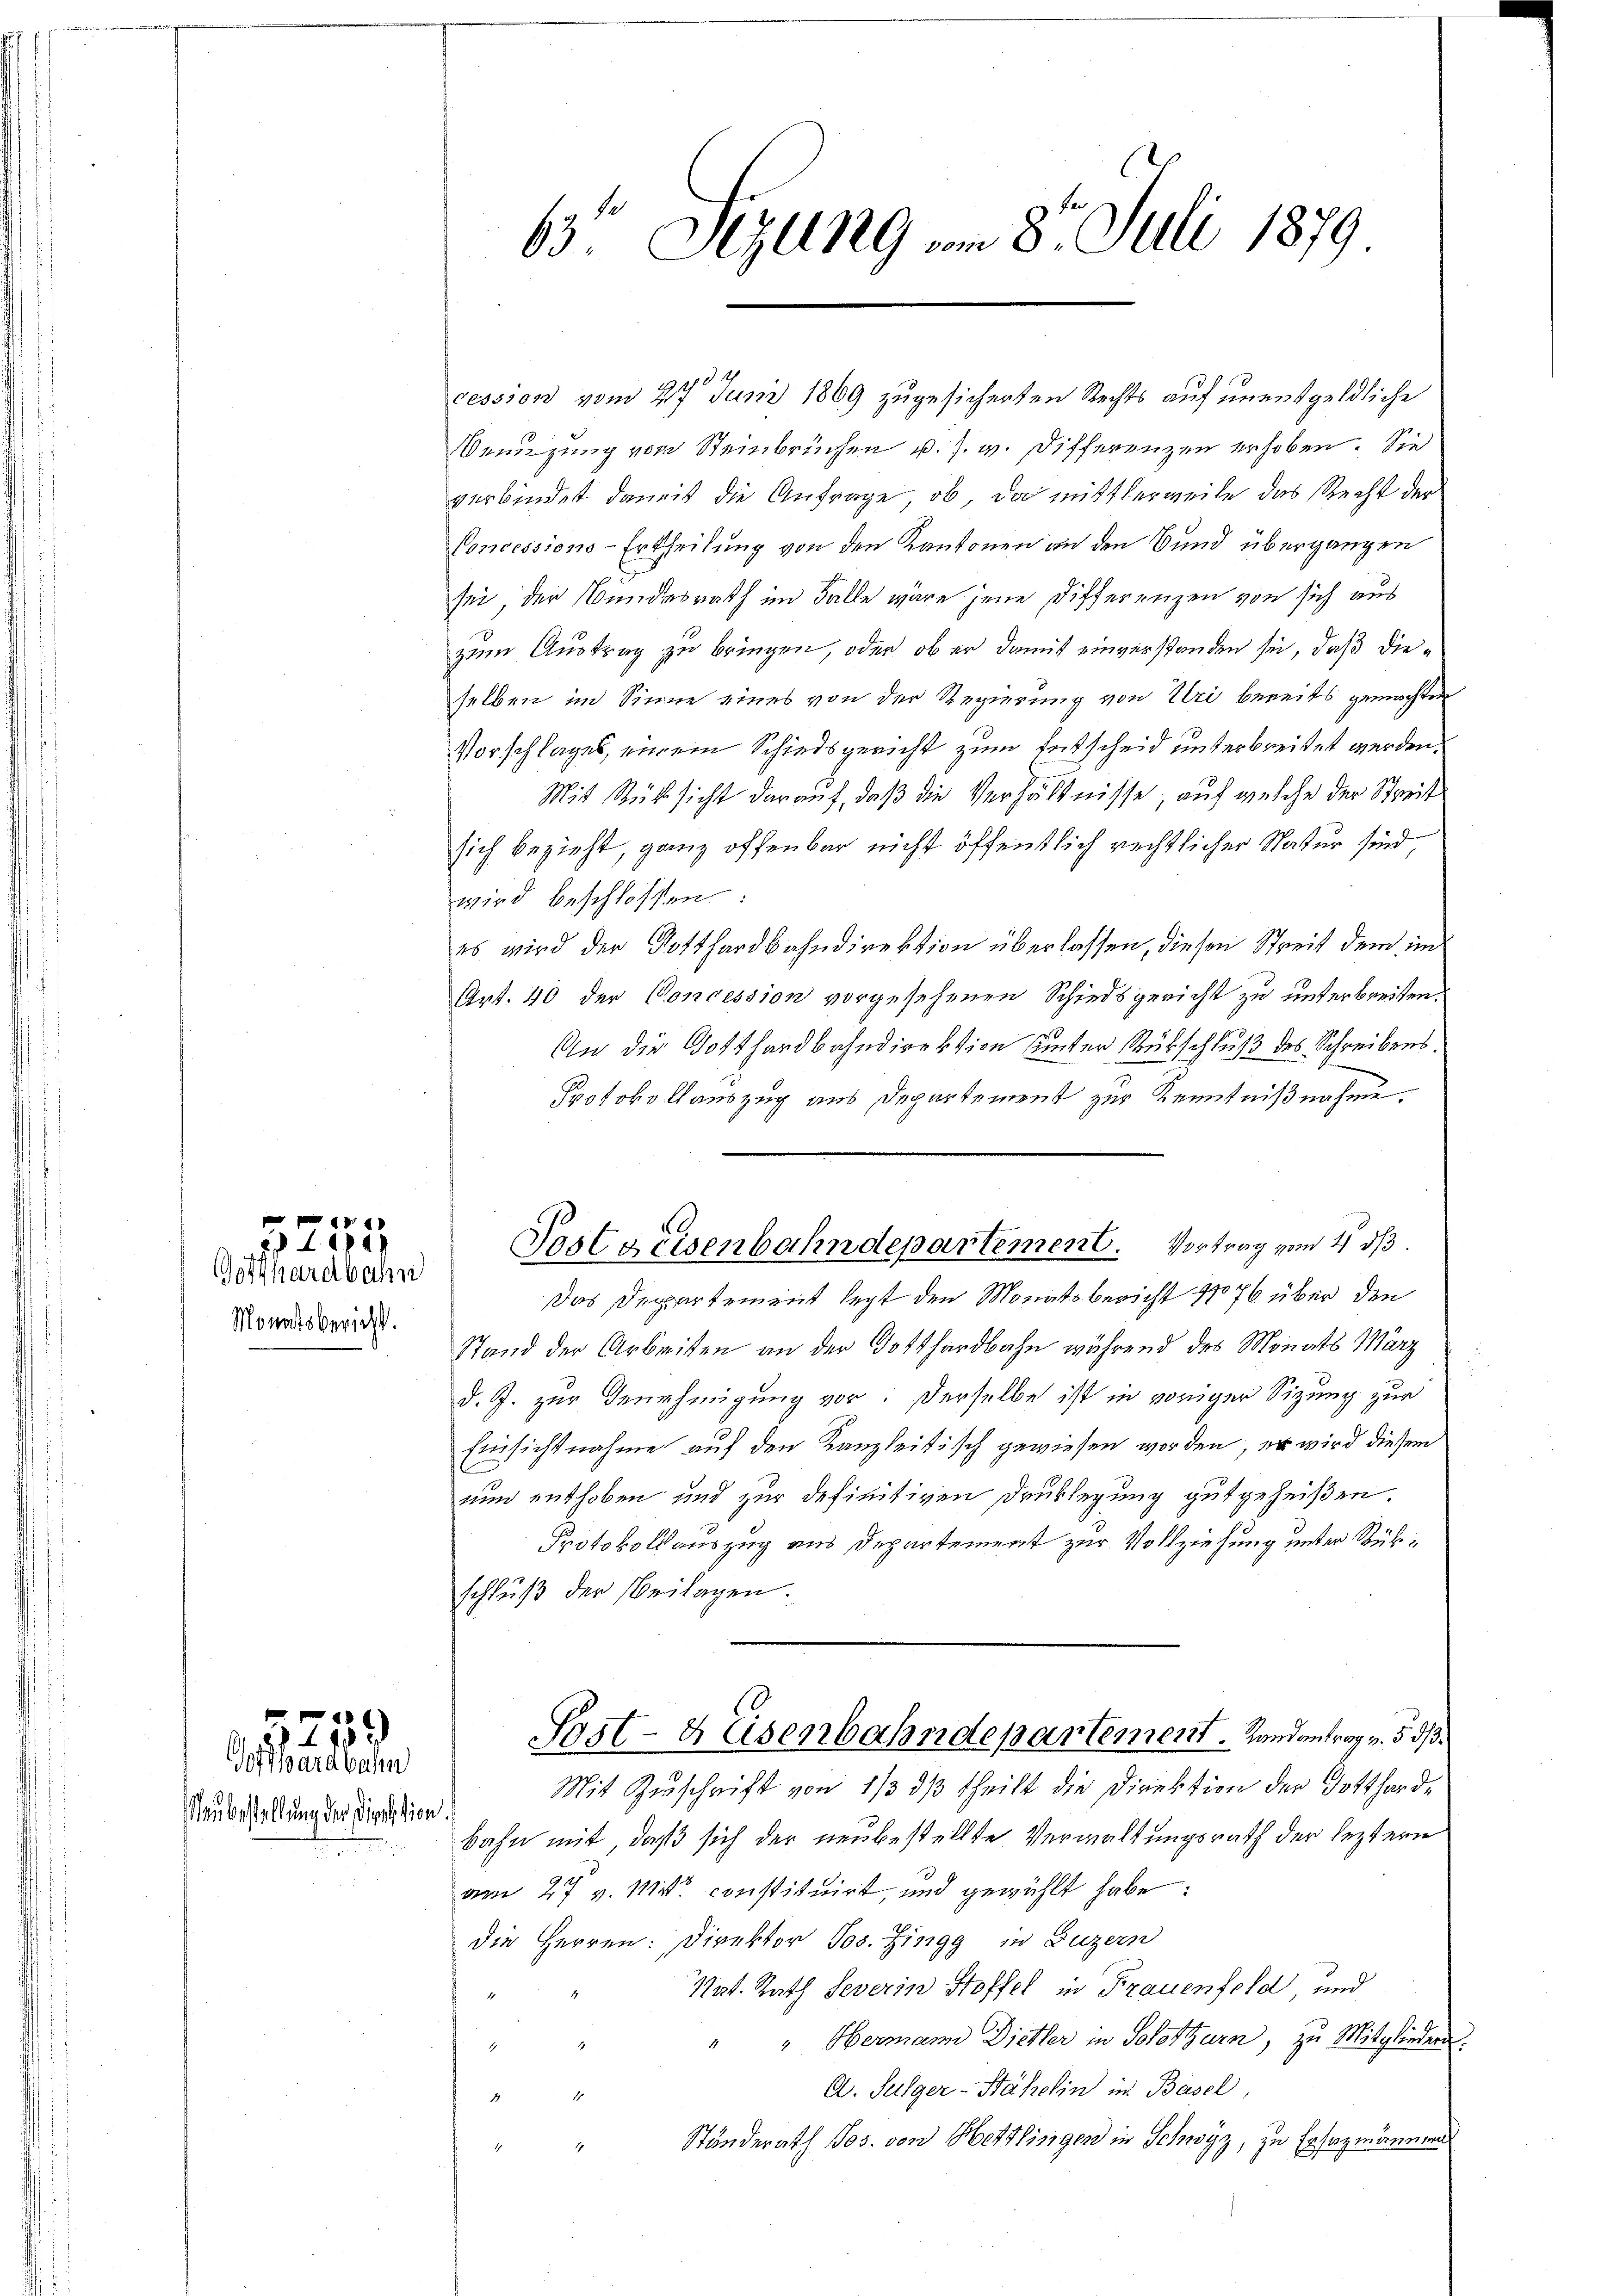
Gotthardbahn
Monatsbericht.

g
3272

Gotthardbahn
aubestellung der Direktion.

6)
 440 x

63' Sizung vom 8. Juli 1879

cession vom 27. Juni 1869 zugesicherten Rechts auf unentgeldliche
Benuzung von Steinbrüchen u. s. w. Differenzen erhoben. Sie
verbindet damit die Anfrage ob, da mittlerweile das Recht der
Concessions-Ertheilung von den Kantonen an den Bund übergangen
sei der Bundesrath im Falle wäre jene Differenzen von sich aus
zum Austrag zu bringen, oder ob er damit einverstanden sei, daß dieselben im Sinne eines von der Regierung von Uri bereits gemachten
Vorschlages, einem Schiedsgericht zum Entscheid unterbreitet werden.
Mit Rücksicht darauf, daß die Verhältnisse, auf welche der Streit
sich bezieht, ganz offenbar nicht öffentlich rechtlicher Natur sind
wird beschlossen:
es wird der Gotthardbahndirektion überlassen, diesen Streit dem un
Art. 40 der Concession vorgesehenen Schiedsgericht zu unterbreiten.
An die Gotthardbahndirektion hinter Rückschluß des Schreibens.
Protokollauszug aus Departement zur Kenntnißnahme.
Das Departement legt den Monatsbericht 11076 über den
Stand der Arbeiten an der Gotthardbahn während des Monats März
d. J. zur Genehmigung vor: Derselbe ist in voriger Sitzung zur
Einsichtnahme auf den Kanzleitisch gewiesen worden, er wird diesem
nun enthoben und zur definitiven Druklegung gutgeheißen.
Protokollauszug aus Departement zur Vollziehung unter Rükschluß der Beilagen.
Post- & Eisenbahndepartement. Landantrag v. 5. ds.
Mit Zuschrift von 1/3 dβ theilt die Direktion der Gottharde
bahn mit, daß sich der neubestellte Verwaltungsrath der leztern
am 27 v. M. constituirt, und gewählt habe:
die Herren: Direktor Jos. Zingg in Luzern
Nat. Rath Severin Stoffel in Frauenfeld und
" " Hermann Dietler in Solothurn, zu Mitglieder.
d
h
A. Fulger-Bähelin in Basel,
A
Ständerath Jos. von Hettlingen in Schwyz, zu Ersazmännern
.

34

Postweisenbahndepartement. Vortrag vom 4. ds.